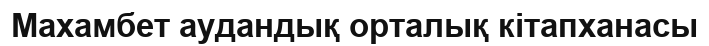
Махамбет аудандық орталық кітапханасы